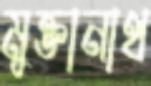
মুক্তানাথ